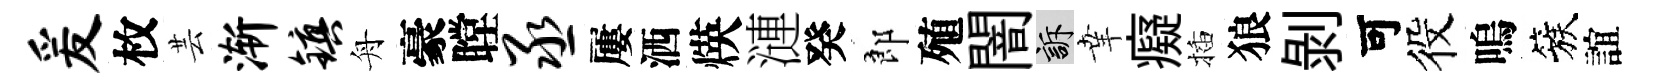
爰枚芸渐镇舟豪瞠丞屢洒煐漣癸郎殖闇訴𦍒癡插狼剥可役嗚簇誼